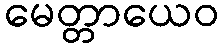
မေတ္တာယေဝ